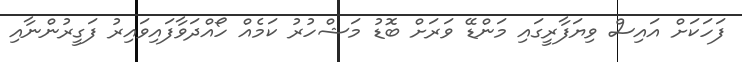
ފަހަކަށް އައިސް ވިޔަފާރީގައި މަންޑޭ ވަރަށް ބޮޑު މަޝްހުރު ކަމެއް ހޯއްދަވާފައިވައިރު ފަގީރުންނާއި